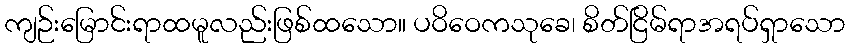
ကျဉ်းမြောင်းရာထမူလည်းဖြစ်ထသော။ ပဝိဝေကသုခေ၊ စိတ်ငြိမ်ရာအရပ်ရှာသော